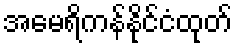
အမေရိကန်နိုင်ငံထုတ်